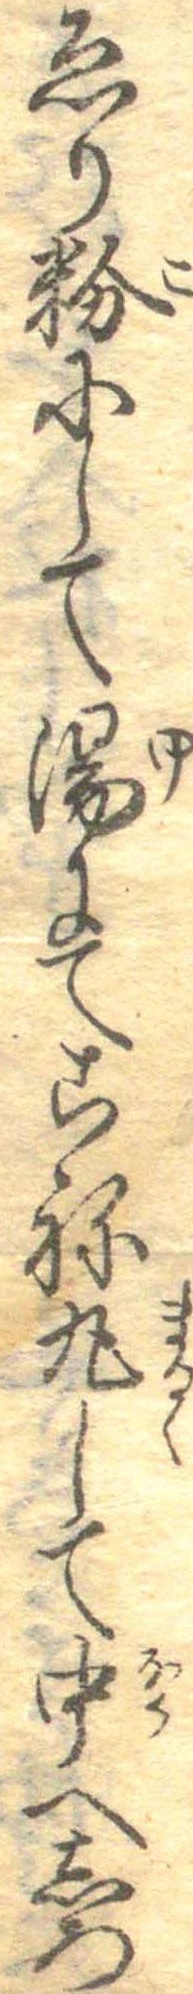
ゑり粉にして湯にてこね丸して中へしろ